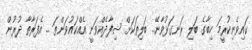
ކައިވެނިކުރީމަ ހިބާގެ ބަލި ރަނގަޅުވާނޭ.. ބަލިތަކަށް ޝިފާދެއްވަނީ އެއްކައުވަންތަ .. އެފަރާތާ ދުރުން